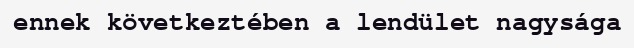
ennek következtében a lendület nagysága